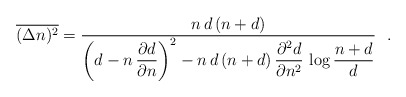
\begin{align*}\overline{(\Delta n)^2}=\frac{n \, d \, (n+d)}{\left (d-n \,\displaystyle{\frac{\partial d}{\partial n}}\right )^2 -n \, d\,(n+d) \, \displaystyle{ \frac{\partial ^2 d}{\partial n^2}} \,\log\frac{n+d}{d} } \ \ .\end{align*}